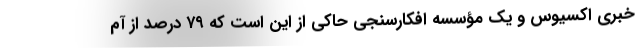
خبری اکسیوس و یک مؤسسه افکارسنجی حاکی از این است که ۷۹ درصد از آم